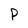
Character: P